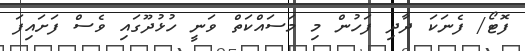
ފޮޓޯ/ ފެނަކަ ދާދި ފަހުން މި މަސައްކަތް ވަނީ ހުޅުދޫގައި ވެސް ފަށައިފަ